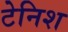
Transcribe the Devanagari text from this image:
टेनिश